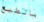
بالطبع